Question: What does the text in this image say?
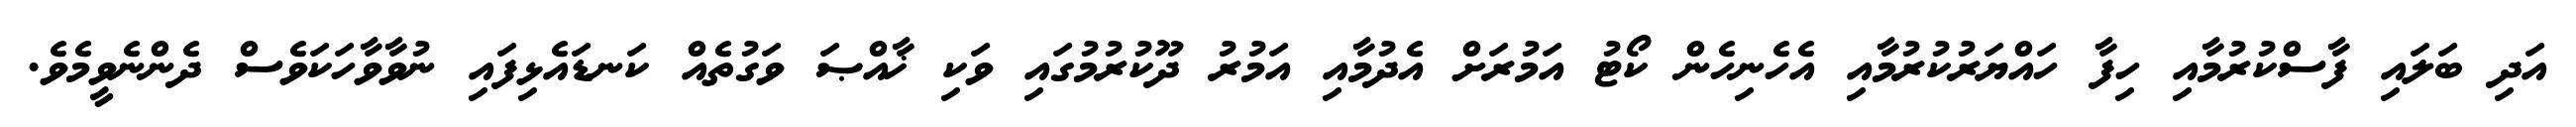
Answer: އަދި ބަލައި ފާސްކުރުމާއި ހިފާ ހައްޔަރުކުރުމާއި އެހެނިހެން ކޯޓު އަމުރަށް އެދުމާއި އަމުރު ދޫކުރުމުގައި ވަކި ޚާއްޞަ ވަގުތެއް ކަނޑައެޅިފައި ނުވާވާހަކަވެސް ދެންނެވީމެވެ.